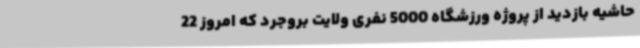
حاشیه بازدید از پروژه ورزشگاه 5000 نفری ولایت بروجرد که امروز 22